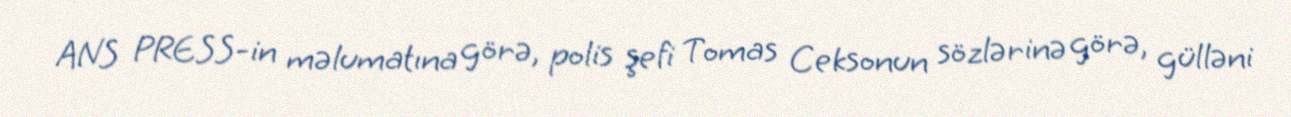
ANS PRESS-in məlumatına görə, polis şefi Tomas Ceksonun sözlərinə görə, gülləni